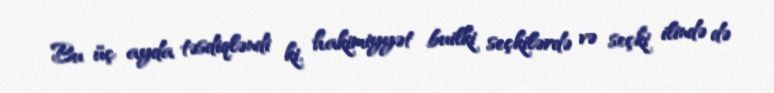
Bu üç ayda təsdiqləndi ki, hakimiyyət builki seçkilərdə və seçki ilində də